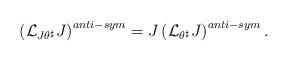
LaTeX: \begin{align*} \left(\mathcal{L}_{J\theta^\sharp}J\right)^{anti-sym}=J\left(\mathcal{L}_{\theta^\sharp}J\right)^{anti-sym}. \end{align*}